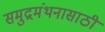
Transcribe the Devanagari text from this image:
समुद्रमंथनासाठी